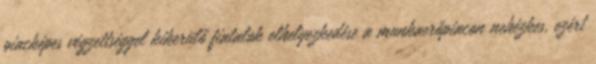
piacképes végzettséggel kikerülő fiatalok elhelyezkedése a munkaerőpiacon nehézkes, ezért